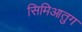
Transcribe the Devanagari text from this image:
सिमिआतुग